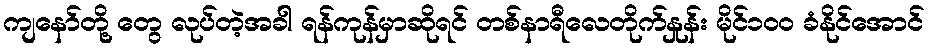
ကျနော်တို့ တွေ လုပ်တဲ့အခါ ရန်ကုန်မှာဆိုရင် တစ်နာရီလေတိုက်နှုန်း မိုင်၁၀၀ ခံနိုင်အောင်